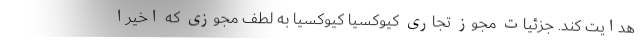
هدایت کند. جزئیات مجوز تجاری کیوکسیا کیوکسیا به لطف مجوزی که اخیرا